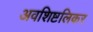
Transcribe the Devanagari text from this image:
अवशिष्टलिकर